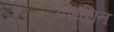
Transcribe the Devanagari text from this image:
प्रशंशित